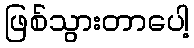
ဖြစ်သွားတာပေါ့